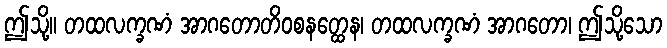
ဤသို့။ တထလက္ခဏံ အာဂတောတိဝစနတ္ထေန၊ တထလက္ခဏံ အာဂတော၊ ဤသို့သော